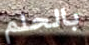
بالحلم